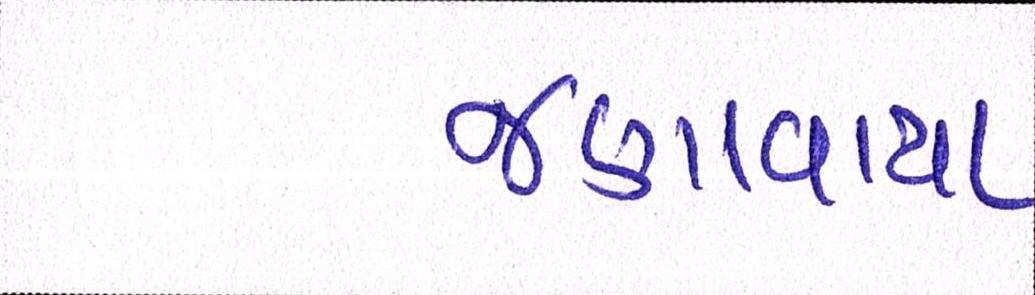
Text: જણાવાયા